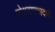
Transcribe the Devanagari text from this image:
मोक्षदाएकादशी